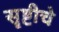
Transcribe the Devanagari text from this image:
सॄष्टीचे